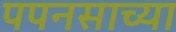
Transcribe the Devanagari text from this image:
पपनसाच्या